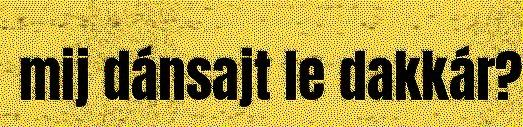
mij dánsajt le dakkár?